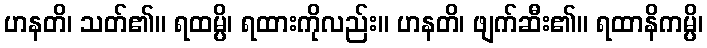
ဟနတိ၊ သတ်၏။ ရထမ္ပိ၊ ရထားကိုလည်း။ ဟနတိ၊ ဖျက်ဆီး၏။ ရထာနိကမ္ပိ၊